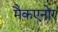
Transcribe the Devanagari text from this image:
मैकएनोर